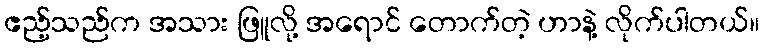
ဧည့်သည်က အသား ဖြူလို့ အရောင် တောက်တဲ့ ဟာနဲ့ လိုက်ပါတယ်။